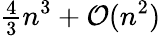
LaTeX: {\begin{array}{l}{{\frac{4}{3}}}\end{array}}n^{3}+{\mathcal{O}}(n^{2})